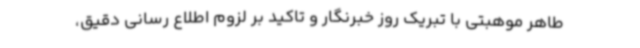
طاهر موهبتی با تبریک روز خبرنگار و تاکید بر لزوم اطلاع رسانی دقیق،